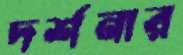
দর্শনার